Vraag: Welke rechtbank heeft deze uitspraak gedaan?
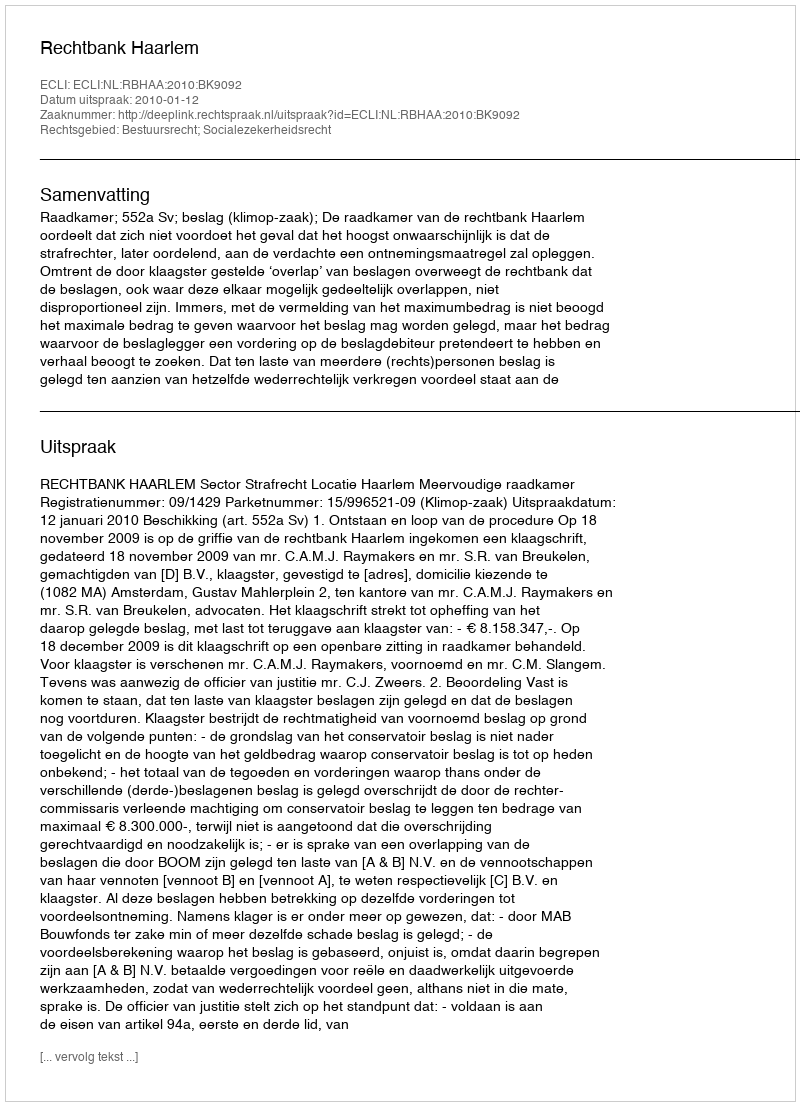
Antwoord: Rechtbank Haarlem